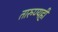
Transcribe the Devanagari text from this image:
तारुण्यही